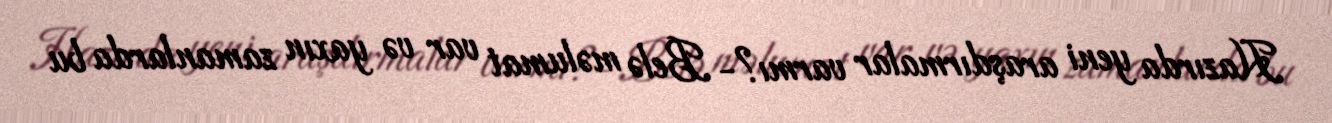
Hazırda yeni araşdırmalar varmı?- Belə məlumat var və yaxın zamanlarda bu